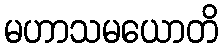
မဟာသမယောတိ